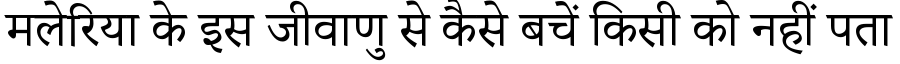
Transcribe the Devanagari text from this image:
मलेरिया के इस जीवाणु से कैसे बचें किसी को नहीं पता